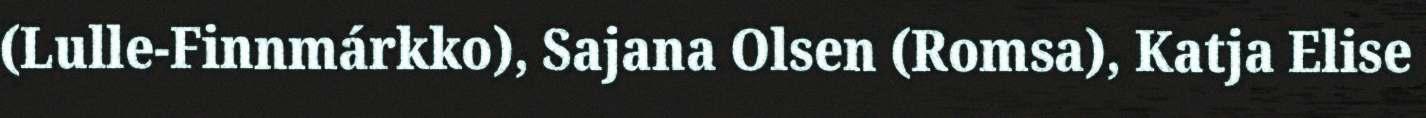
(Lulle-Finnmárkko), Sajana Olsen (Romsa), Katja Elise